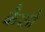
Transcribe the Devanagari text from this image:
कैफों